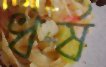
ধর্ষ